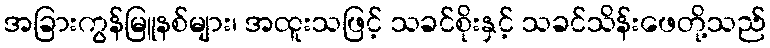
အခြားကွန်မြူနစ်များ၊ အထူးသဖြင့် သခင်စိုးနှင့် သခင်သိန်းဖေတို့သည်